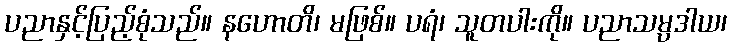
ပညာနှင့်ပြည့်စုံသည်။ နဟောတိ၊ မဖြစ်။ ပရံ၊ သူတပါးကို။ ပညာသမ္ပဒါယ၊